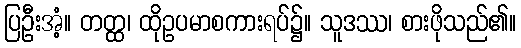
ပြဦးအံ့။ တတ္ထ၊ ထိုဥပမာစကားရပ်၌။ သူဒဿ၊ စားဖိုသည်၏။